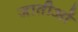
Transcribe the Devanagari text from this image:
जातीओं